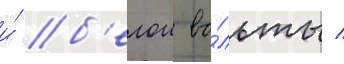
и́ б'елои во́льты /